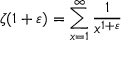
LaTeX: \zeta ( 1 + \varepsilon ) = \sum _ { x = 1 } ^ { \infty } { \frac { 1 } { x ^ { 1 + \varepsilon } } }